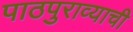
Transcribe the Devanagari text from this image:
पाठपुराव्याची